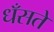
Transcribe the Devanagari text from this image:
धँसते